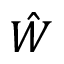
\hat { W }